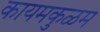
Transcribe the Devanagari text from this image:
कायमकुळम